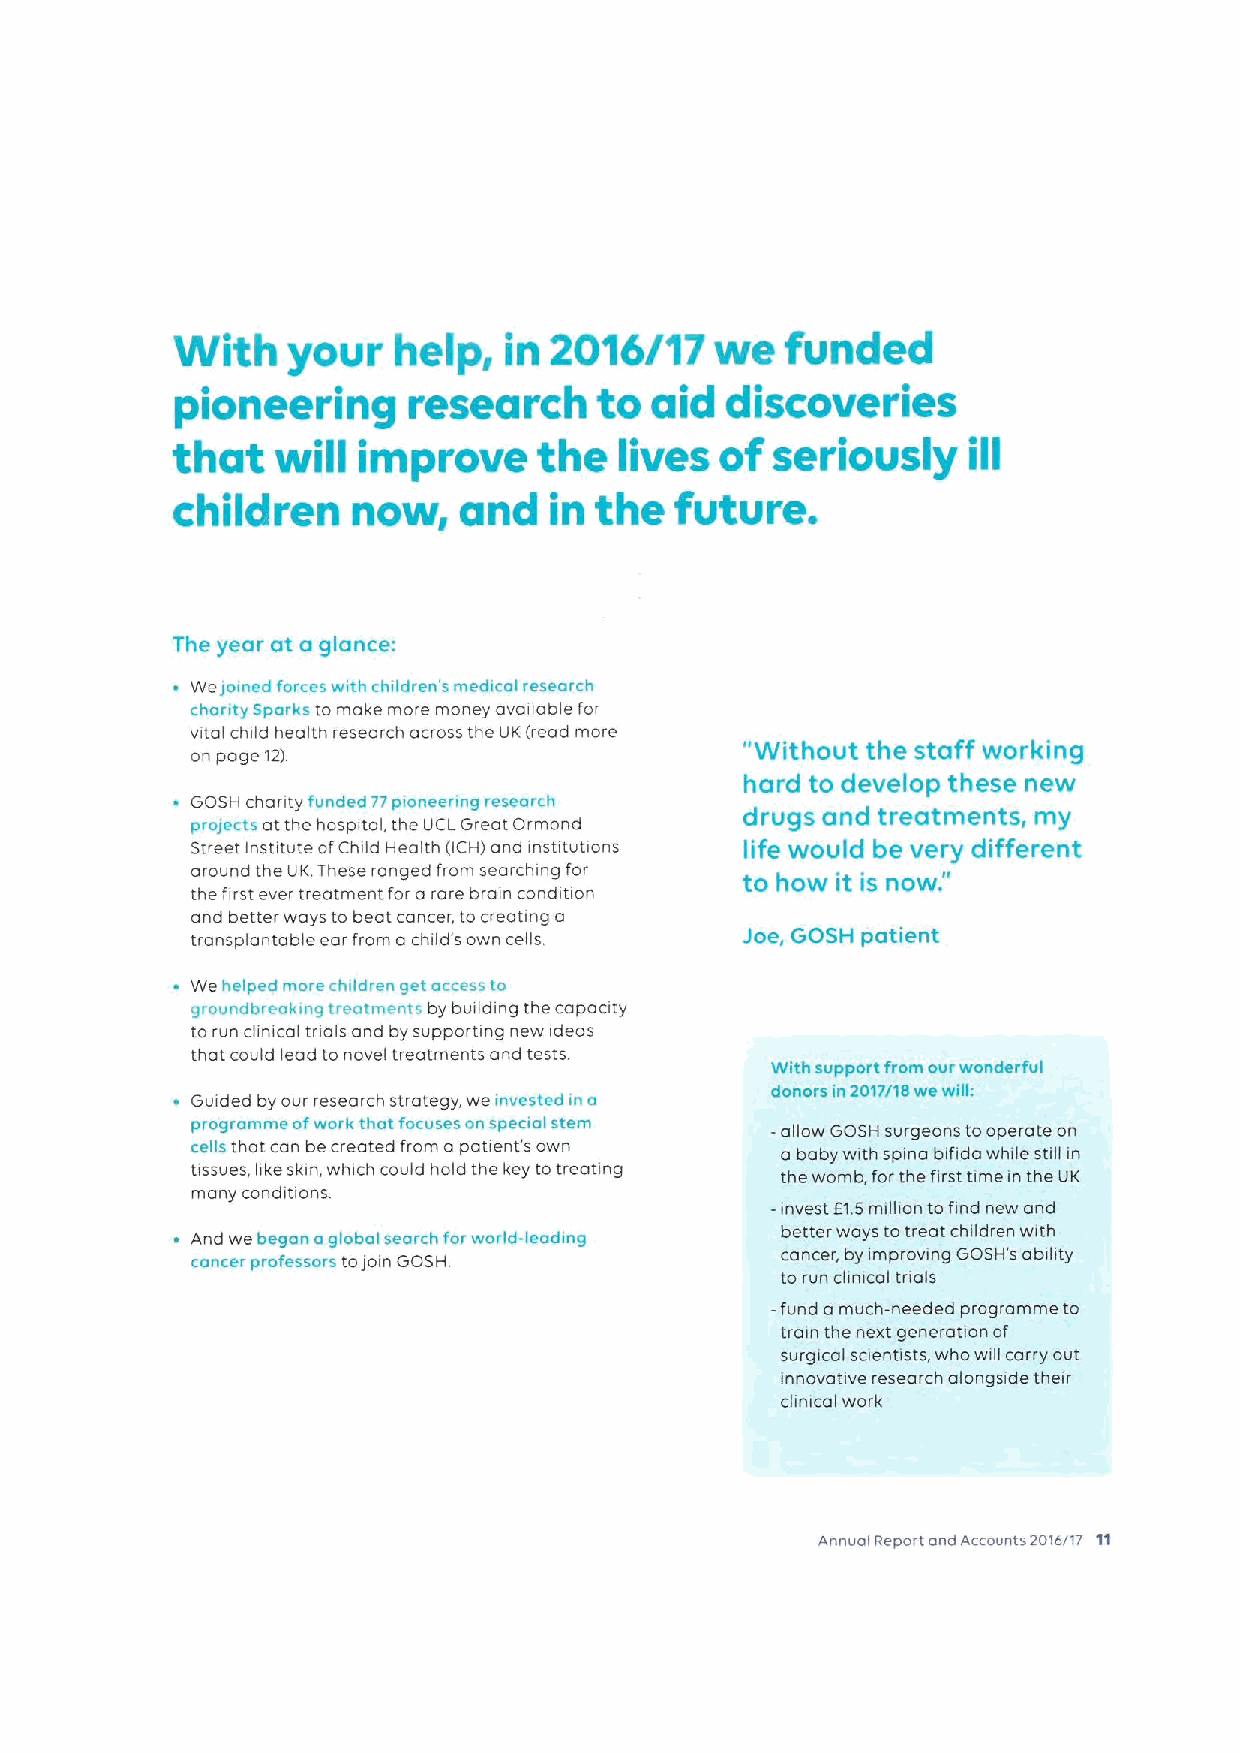
'%lith your   help,  in 2016/17    we   funclecl
 ploneerlng      esearch     to alcl cllscoverles
 I
 that   will  improve     the  lives  of seriously    ill
 children    now,   and   in the   future.
 The year at a glance:
 We/oined '«- ces w irh «hudren 7medical reever«h
 «iority Spoi ks to make more money available for
 vital child health research across the UK(read more
 "Without the staff working
 on page 122
 hard to develop these new
 G prO o/S eH «t ch aan tt ty ht eun hd oe sd pital7 ,7 tp h: e~, Ue Cr= Liin Gg rei ae tsc Oo ri moh nd drugs and treatments, my
 Street institute ofChild Health (ICH) and institutions life would be very different
 around the UK.These ranged from searching for to how it is now."
 the first ever treatment for a rare brain condition
 ond better ways to beat cancer, to creating a
 transplantable ear from a child's own cells. Jae, (aaSH patient
 We heined more hildre ~ o. arses«to
 grrundbi«- 1 i, «;ii«urm ni by building thecapaaty
 to run clinical tnals and by supporting new ideas
 that could lead to novel treatments and tests.
 With support from our wonderful
 Guided by our research strategy, we invesrcd in o
 donors n72017/18 we will:
 programme ofwork tiiat focuses on s pean i stem -allow GOSH surgeons tooperate on
 «eil that can be created from a patient's own
 a baby with spina bifida while still in
 tissues, hke skin, which could hold the key totreaung the womb, forthe first time in the UK
 many conditions.
 -invest EKSmillion tofind new and
 And we began oglobal search for wo id-leading better ways totreat children with
 «oncer professors toioin GOSH.         cancer, by improving GOSH's ability
 to run clinical trials
 -fund a much-needed programme to
 train the next generation of
 surgical scientists, who will carry out
 innovative research alongside their
 clinical work
 AnnualReport and Accounts 2010/17 11